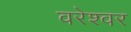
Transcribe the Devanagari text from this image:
वरेश्वर